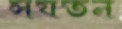
সযতন